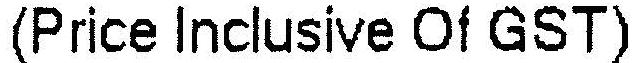
(PRICE INCLUSIVE OF GST)